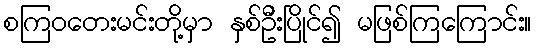
စကြဝတေးမင်းတို့မှာ နှစ်ဦးပြိုင်၍ မဖြစ်ကြကြောင်း။